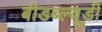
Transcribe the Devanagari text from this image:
बीडब्ल्यूडी